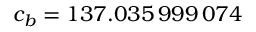
c _ { b } = 1 3 7 . 0 3 5 \, 9 9 9 \, 0 7 4